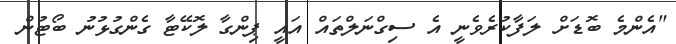
"އެންމެ ބޮޑަށް ލަފާކުރެވެނީ އެ ސިގްނަލްތައް އައީ ޕިންގާ ލޮކޭޓާ ގެންގުޅުނު ބޯޓުން